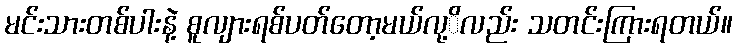
မင်းသားတစ်ပါးနဲ့ စူလျားရစ်ပတ်တော့မယ်လု့ိလည်း သတင်းကြားရတယ်။